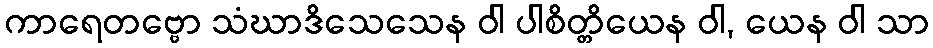
ကာရေတဗ္ဗော သံဃာဒိသေသေန ဝါ ပါစိတ္တိယေန ဝါ, ယေန ဝါ သာ